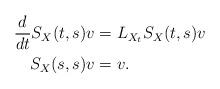
LaTeX: \begin{align*}\frac{d}{dt} S_X(t,s)v & = L_{X_t} S_X(t,s)v \\ S_X(s,s)v & = v. \end{align*}